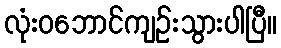
လုံးဝဘောင်ကျဉ်းသွားပါပြီ။